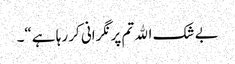
بے شک الله تم پر نگرانی کر رہا ہے“۔